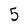
Character: 5